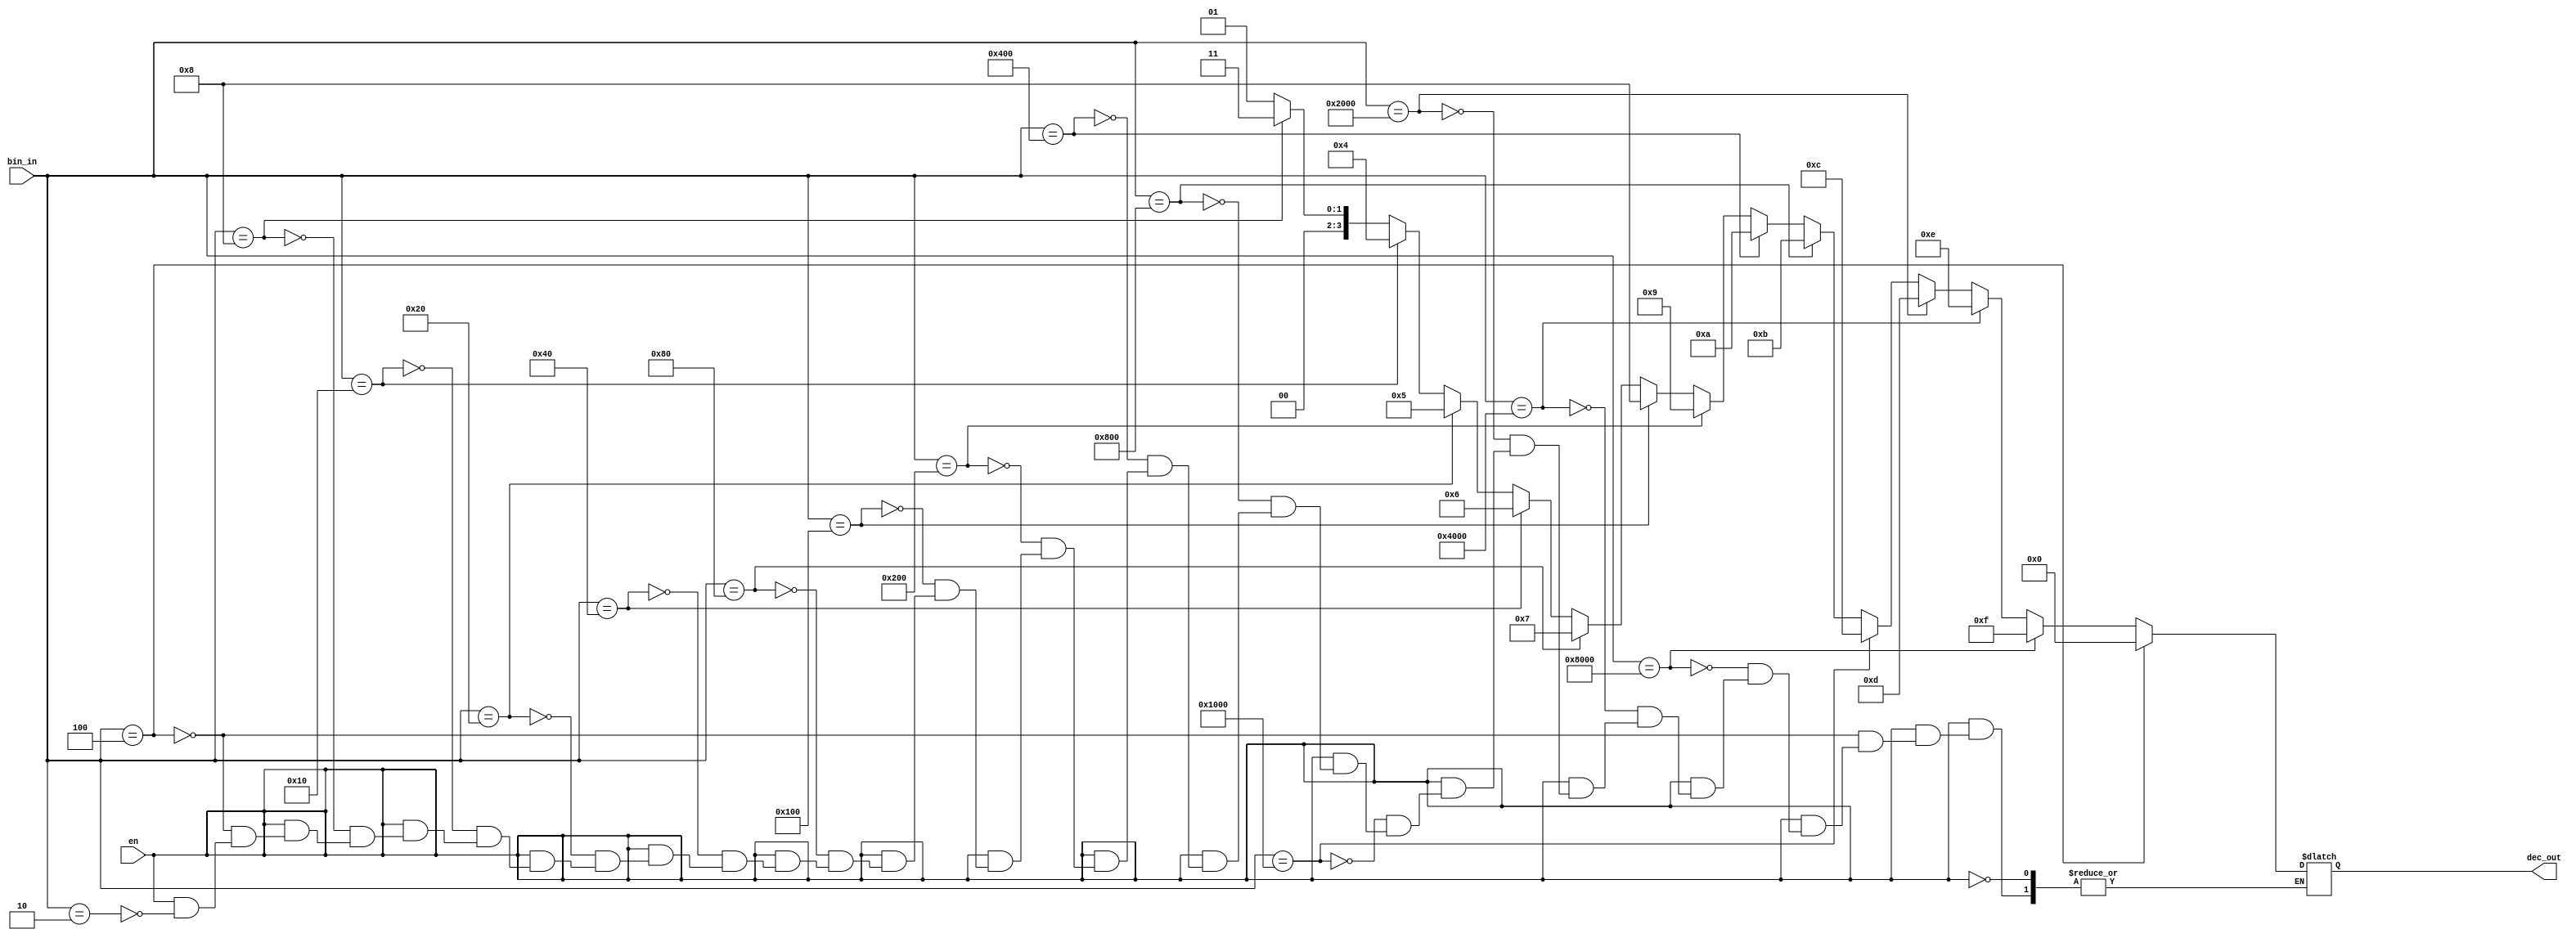
module encoder_if
(input wire [15:0] bin_in, 
input wire en, 
output reg [3:0] dec_out);

always @ (bin_in or en) begin
if (en) begin
if (bin_in == 16'h0002) begin
dec_out = 1;
end if (bin_in == 16'h0004) begin
dec_out = 2;
end if (bin_in == 16'h0008) begin
dec_out = 3;
end if (bin_in == 16'h0010) begin
dec_out = 4;
end if (bin_in == 16'h0020) begin
dec_out = 5;
end if (bin_in == 16'h0040) begin
dec_out = 6;
end if (bin_in == 16'h0080) begin
dec_out = 7;
end if (bin_in == 16'h0100) begin
dec_out = 8;
end if (bin_in == 16'h0200) begin
dec_out = 9;
end if (bin_in == 16'h0400) begin
dec_out = 10;
end if (bin_in == 16'h0800) begin
dec_out = 11;
end if (bin_in == 16'h1000) begin
dec_out = 12;
end if (bin_in == 16'h2000) begin
dec_out = 13;
end if (bin_in == 16'h4000) begin
dec_out = 14;
end if (bin_in == 16'h8000) begin
dec_out = 15;
end if (bin_in == 16'h0004) begin
dec_out = 16;
end
end
end
endmodule